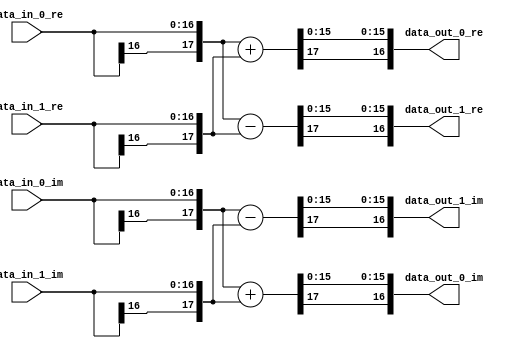
`timescale 1ns/100ps
module bf2 #(parameter WIDTH = 17)(
	input  [WIDTH-1:0] data_in_0_re,
	input  [WIDTH-1:0] data_in_0_im,
	input  [WIDTH-1:0] data_in_1_re,
	input  [WIDTH-1:0] data_in_1_im,
	output [WIDTH-1:0] data_out_0_re,
	output [WIDTH-1:0] data_out_0_im,
	output [WIDTH-1:0] data_out_1_re,
	output [WIDTH-1:0] data_out_1_im
);

wire [WIDTH:0] re_0_w;
wire [WIDTH:0] im_0_w;
wire [WIDTH:0] re_1_w;
wire [WIDTH:0] im_1_w;

assign re_0_w = ({data_in_0_re[WIDTH-1],data_in_0_re} + {data_in_1_re[WIDTH-1],data_in_1_re});
assign data_out_0_re = {re_0_w[WIDTH],re_0_w[WIDTH-2:0]};
assign im_0_w = ({data_in_0_im[WIDTH-1],data_in_0_im} + {data_in_1_im[WIDTH-1],data_in_1_im});
assign data_out_0_im = {im_0_w[WIDTH],im_0_w[WIDTH-2:0]};

assign re_1_w = ({data_in_0_re[WIDTH-1],data_in_0_re} - {data_in_1_re[WIDTH-1],data_in_1_re});
assign data_out_1_re = {re_1_w[WIDTH],re_1_w[WIDTH-2:0]};
assign im_1_w = ({data_in_0_im[WIDTH-1],data_in_0_im} - {data_in_1_im[WIDTH-1],data_in_1_im});
assign data_out_1_im = {im_1_w[WIDTH],im_1_w[WIDTH-2:0]};

endmodule